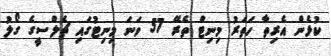
ކުޅެން އެރިތާ ހަތަރު މިނިޓް ތެރޭ 57 ވަނަ މިނިޓުގައި ޗެލްސީގެ ގޯލު